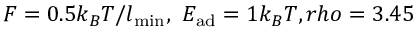
F = 0 . 5 k _ { B } T / l _ { \mathrm { m i n } } , ~ E _ { \mathrm { a d } } = 1 k _ { B } T , r h o = 3 . 4 5 \